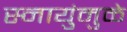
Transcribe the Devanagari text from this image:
स्नायुंमुळे